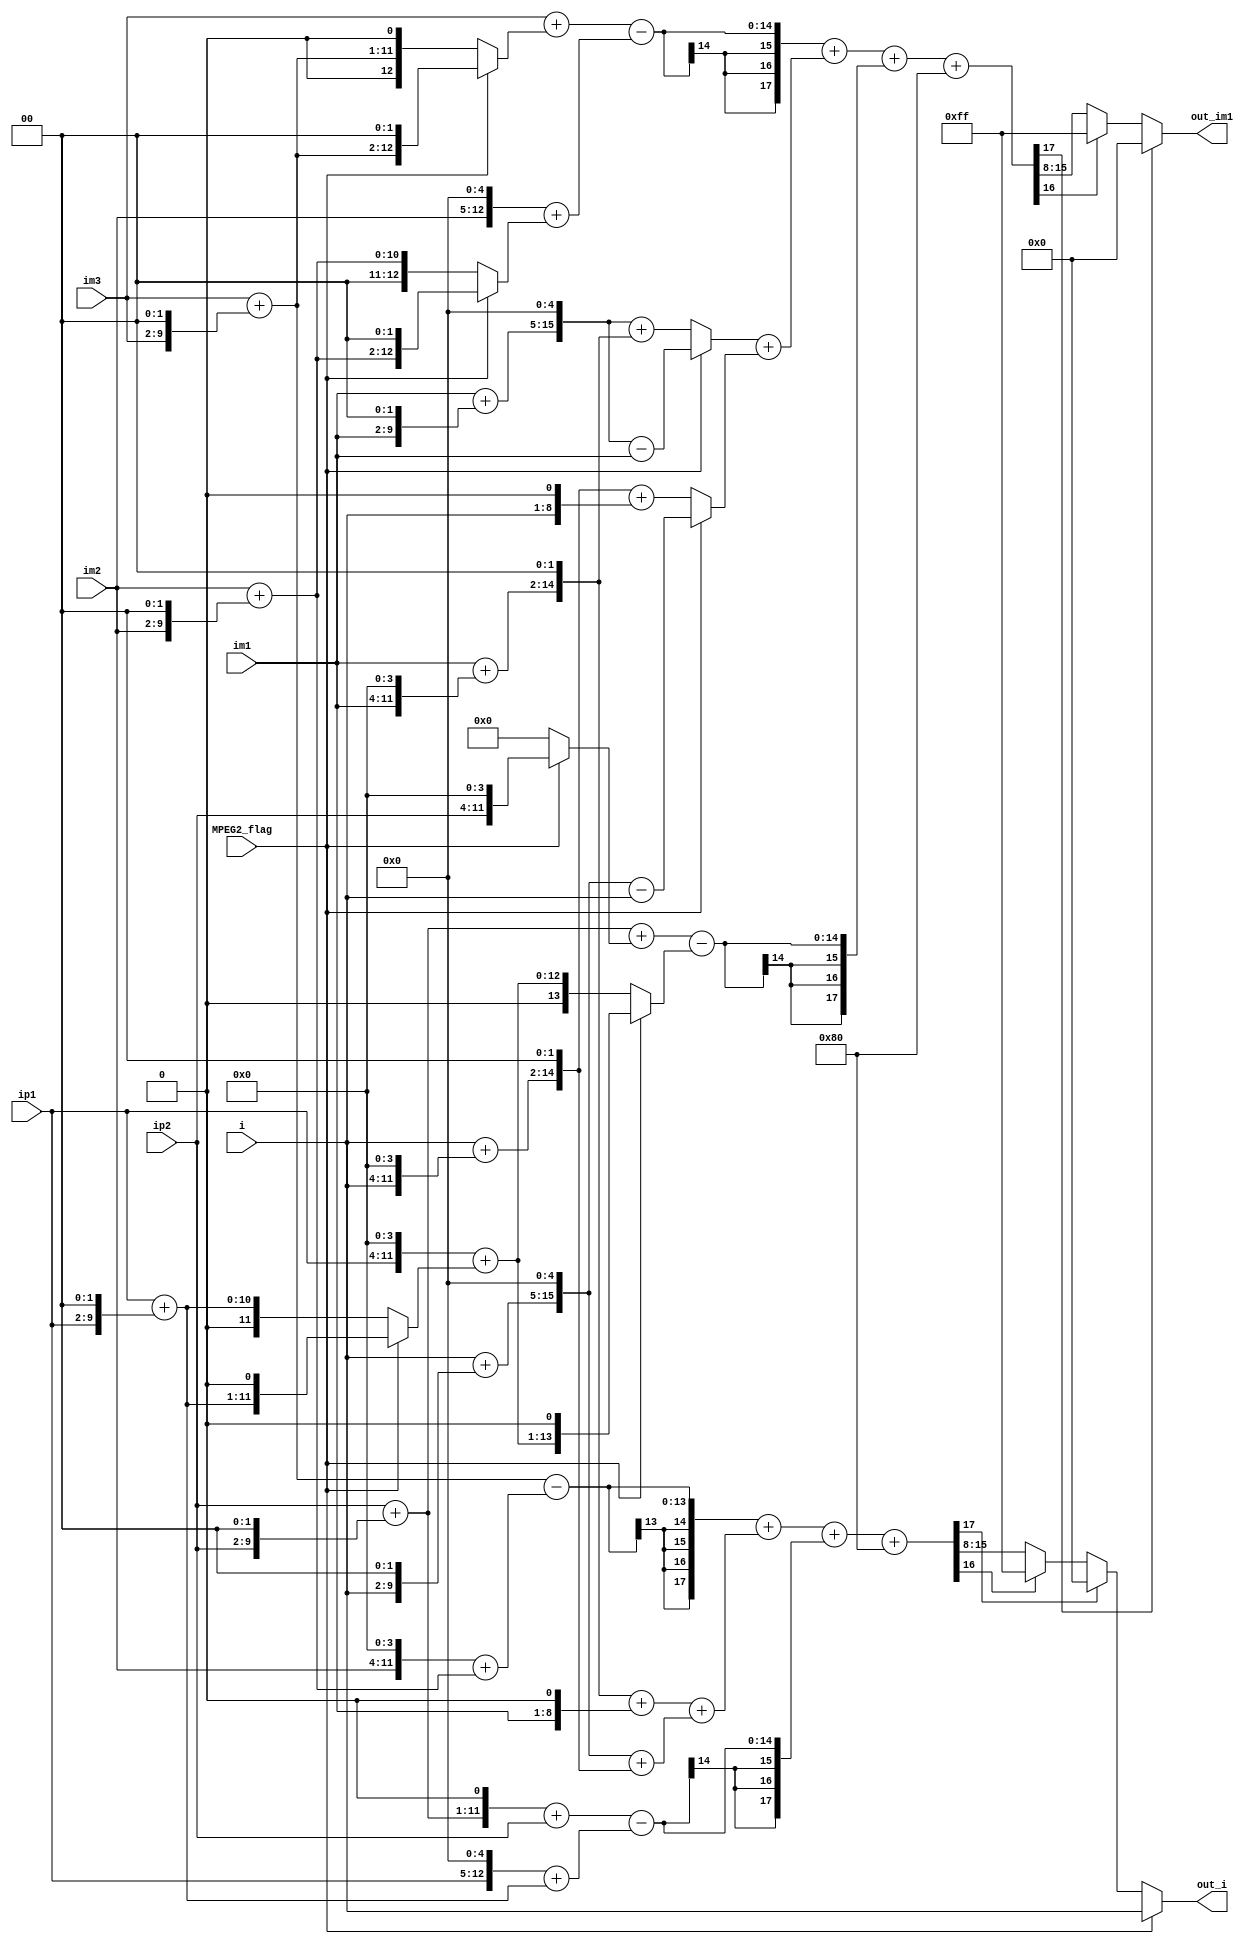
// 
//  MAC_MPEG2_AV - MPEG-2 hardware implementation for Xilinx multimedia board 
//  Copyright (C) 2007 McMaster University
// 
//==============================================================================
// 
// This file is part of MAC_MPEG2_AV
// 
// MAC_MPEG2_AV is distributed in the hope that it will be useful for further 
// research, but WITHOUT ANY WARRANTY; without even the implied warranty of 
//	MERCHANTABILITY or FITNESS FOR A PARTICULAR PURPOSE. MAC_MPEG2_AV is free; you 
// can redistribute it and/or modify it provided that proper reference is provided 
// to the authors. See the documents included in the "doc" folder for further details.
//
//==============================================================================

`timescale 1ns / 1ps
module horizontal_filter(MPEG2_flag, im3, im2, im1, i, ip1, ip2, out_im1, out_i);
	input				MPEG2_flag;
	input [7:0]		im3;
	input [7:0] 	im2;
	input [7:0] 	im1;
	input [7:0]		i;
	input [7:0] 	ip1;
	input [7:0]		ip2;
	output [7:0]	out_im1;
	output [7:0]	out_i;

	///////////////////////////////////////////////////////////////////////////////
	// MULTIPLIER FOR IM3 AND IP2
	///////////////////////////////////////////////////////////////////////////////
	wire [10:0]		im3x5;
	wire [12:0]		im3xka;
	wire [11:0]		im3xkb;
	wire [10:0]		ip2x5;
	wire [12:0]		ip2xka;
	wire [11:0]		ip2xkb;

	assign im3x5 = im3 + (im3 << 2);
	assign im3xka = im3 + ((MPEG2_flag) ? (im3x5 << 2) : (im3x5 << 1));
	assign im3xkb = /*(MPEG2_flag) ? 0 :*/ im3x5;
	
	assign ip2x5 = ip2 + (ip2 << 2);
	assign ip2xka = ip2x5 + ((MPEG2_flag) ? (ip2 << 4) : 0);
	assign ip2xkb = /*(MPEG2_flag) ? 0 :*/ (ip2x5 << 1) + ip2;

	///////////////////////////////////////////////////////////////////////////////
	// MULTIPLIER FOR IM2 AND IP1
	///////////////////////////////////////////////////////////////////////////////
	wire [10:0]		im2x5;
	wire [13:0]		im2xka;
	wire [12:0]		im2xkb;
	wire [10:0]		ip1x5;
	wire [12:0]		ip1xka_intermediate;
	wire [13:0]		ip1xka;
	wire [13:0]		ip1xkb;

	assign im2x5 = im2 + (im2 << 2);
	assign im2xka = (im2 << 5) + ((MPEG2_flag) ? (im2x5 << 2) : im2x5);
	assign im2xkb = /*(MPEG2_flag) ? 0 :*/ (im2 << 4) + im2x5;
	
	assign ip1x5 = ip1 + (ip1 << 2);
	assign ip1xka_intermediate = (ip1 << 4) + ((MPEG2_flag) ? (ip1x5 << 1) : ip1x5); 
	assign ip1xka = (MPEG2_flag) ? (ip1xka_intermediate << 1) : ip1xka_intermediate;
	assign ip1xkb = /*(MPEG2_flag) ? 0 :*/ (ip1 << 5) + ip1x5; // times_37
	
	///////////////////////////////////////////////////////////////////////////////
	// MULTIPLIER FOR IM1 AND I
	///////////////////////////////////////////////////////////////////////////////
	
	wire [10:0]	im1x5;
	wire [12:0] im1x17;
	wire [15:0]	im1xka;
	wire [14:0]	im1xkb;
	
	assign im1x5 = im1 + (im1 << 2);
	assign im1x17 = im1 + (im1 << 4);
	assign im1xka = (MPEG2_flag) ? (im1x5 << 5) - im1 : (im1x5 << 5) + (im1x17 << 2);
	assign im1xkb = (im1x17 << 2) + (im1 << 1);
	
	wire [10:0]	ix5;
	wire [12:0]	ix17;
	wire [15:0] ixka;
	wire [15:0] ixkb;
	
	assign ix5 = i + (i << 2);
	assign ix17 = i + (i << 4);
	assign ixka = (MPEG2_flag) ? (ix5 << 5) - i : (ix17 << 2) + (i << 1);
	assign ixkb = (ix5 << 5) + (ix17 << 2);
	
	///////////////////////////////////////////////////////////////////////////////
	// FILTER
	///////////////////////////////////////////////////////////////////////////////

	wire [17:0] unclipped_out_im1;
	wire [17:0] unclipped_out_i;
	
	assign unclipped_out_im1 = (im3xka - im2xka) + (im1xka + ixka) + (ip2xka - ip1xka) + 128;
	assign unclipped_out_i = (im3xkb - im2xkb) + (im1xkb + ixkb) + (ip2xkb - ip1xkb) + 128;
	
	assign out_im1 = unclipped_out_im1[17] ? 0 : 
							(unclipped_out_im1[16]/* | unclipped_out_im1[15]*/) ? 255 : 
							(unclipped_out_im1 >> 8);
	assign out_i = (MPEG2_flag) ? i : 
							unclipped_out_i[17] ? 0 : 
							(unclipped_out_i[16]/* | unclipped_out_i[15]*/) ? 255 : 
							(unclipped_out_i >> 8);
endmodule